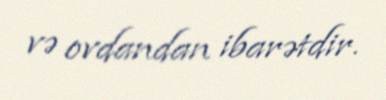
və ovdandan ibarətdir.